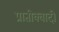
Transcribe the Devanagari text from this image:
प्रातीक्वादी